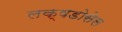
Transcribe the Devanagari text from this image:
लक्षडोसेस